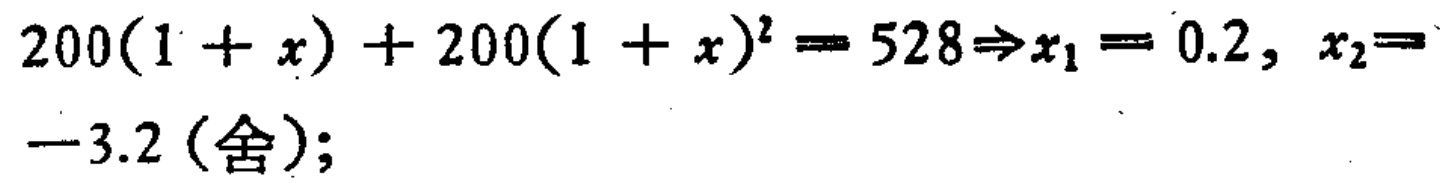
\(200(1 + x)+200(1 + x)^{2}=528\Rightarrow x_{1}=0.2,x_{2}=-3.2(\text{舍});\)